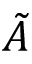
\tilde { A }